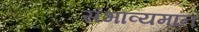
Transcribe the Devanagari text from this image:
संभाव्यमान